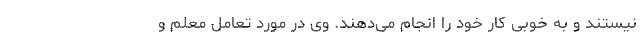
نیستند و به خوبی کار خود را انجام می‌دهند. وی در مورد تعامل معلم و